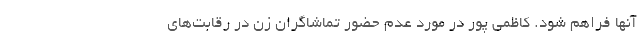
آنها فراهم شود. کاظمی پور در مورد عدم حضور تماشاگران زن در رقابت‌های